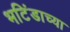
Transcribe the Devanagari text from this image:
भटिंडाच्या